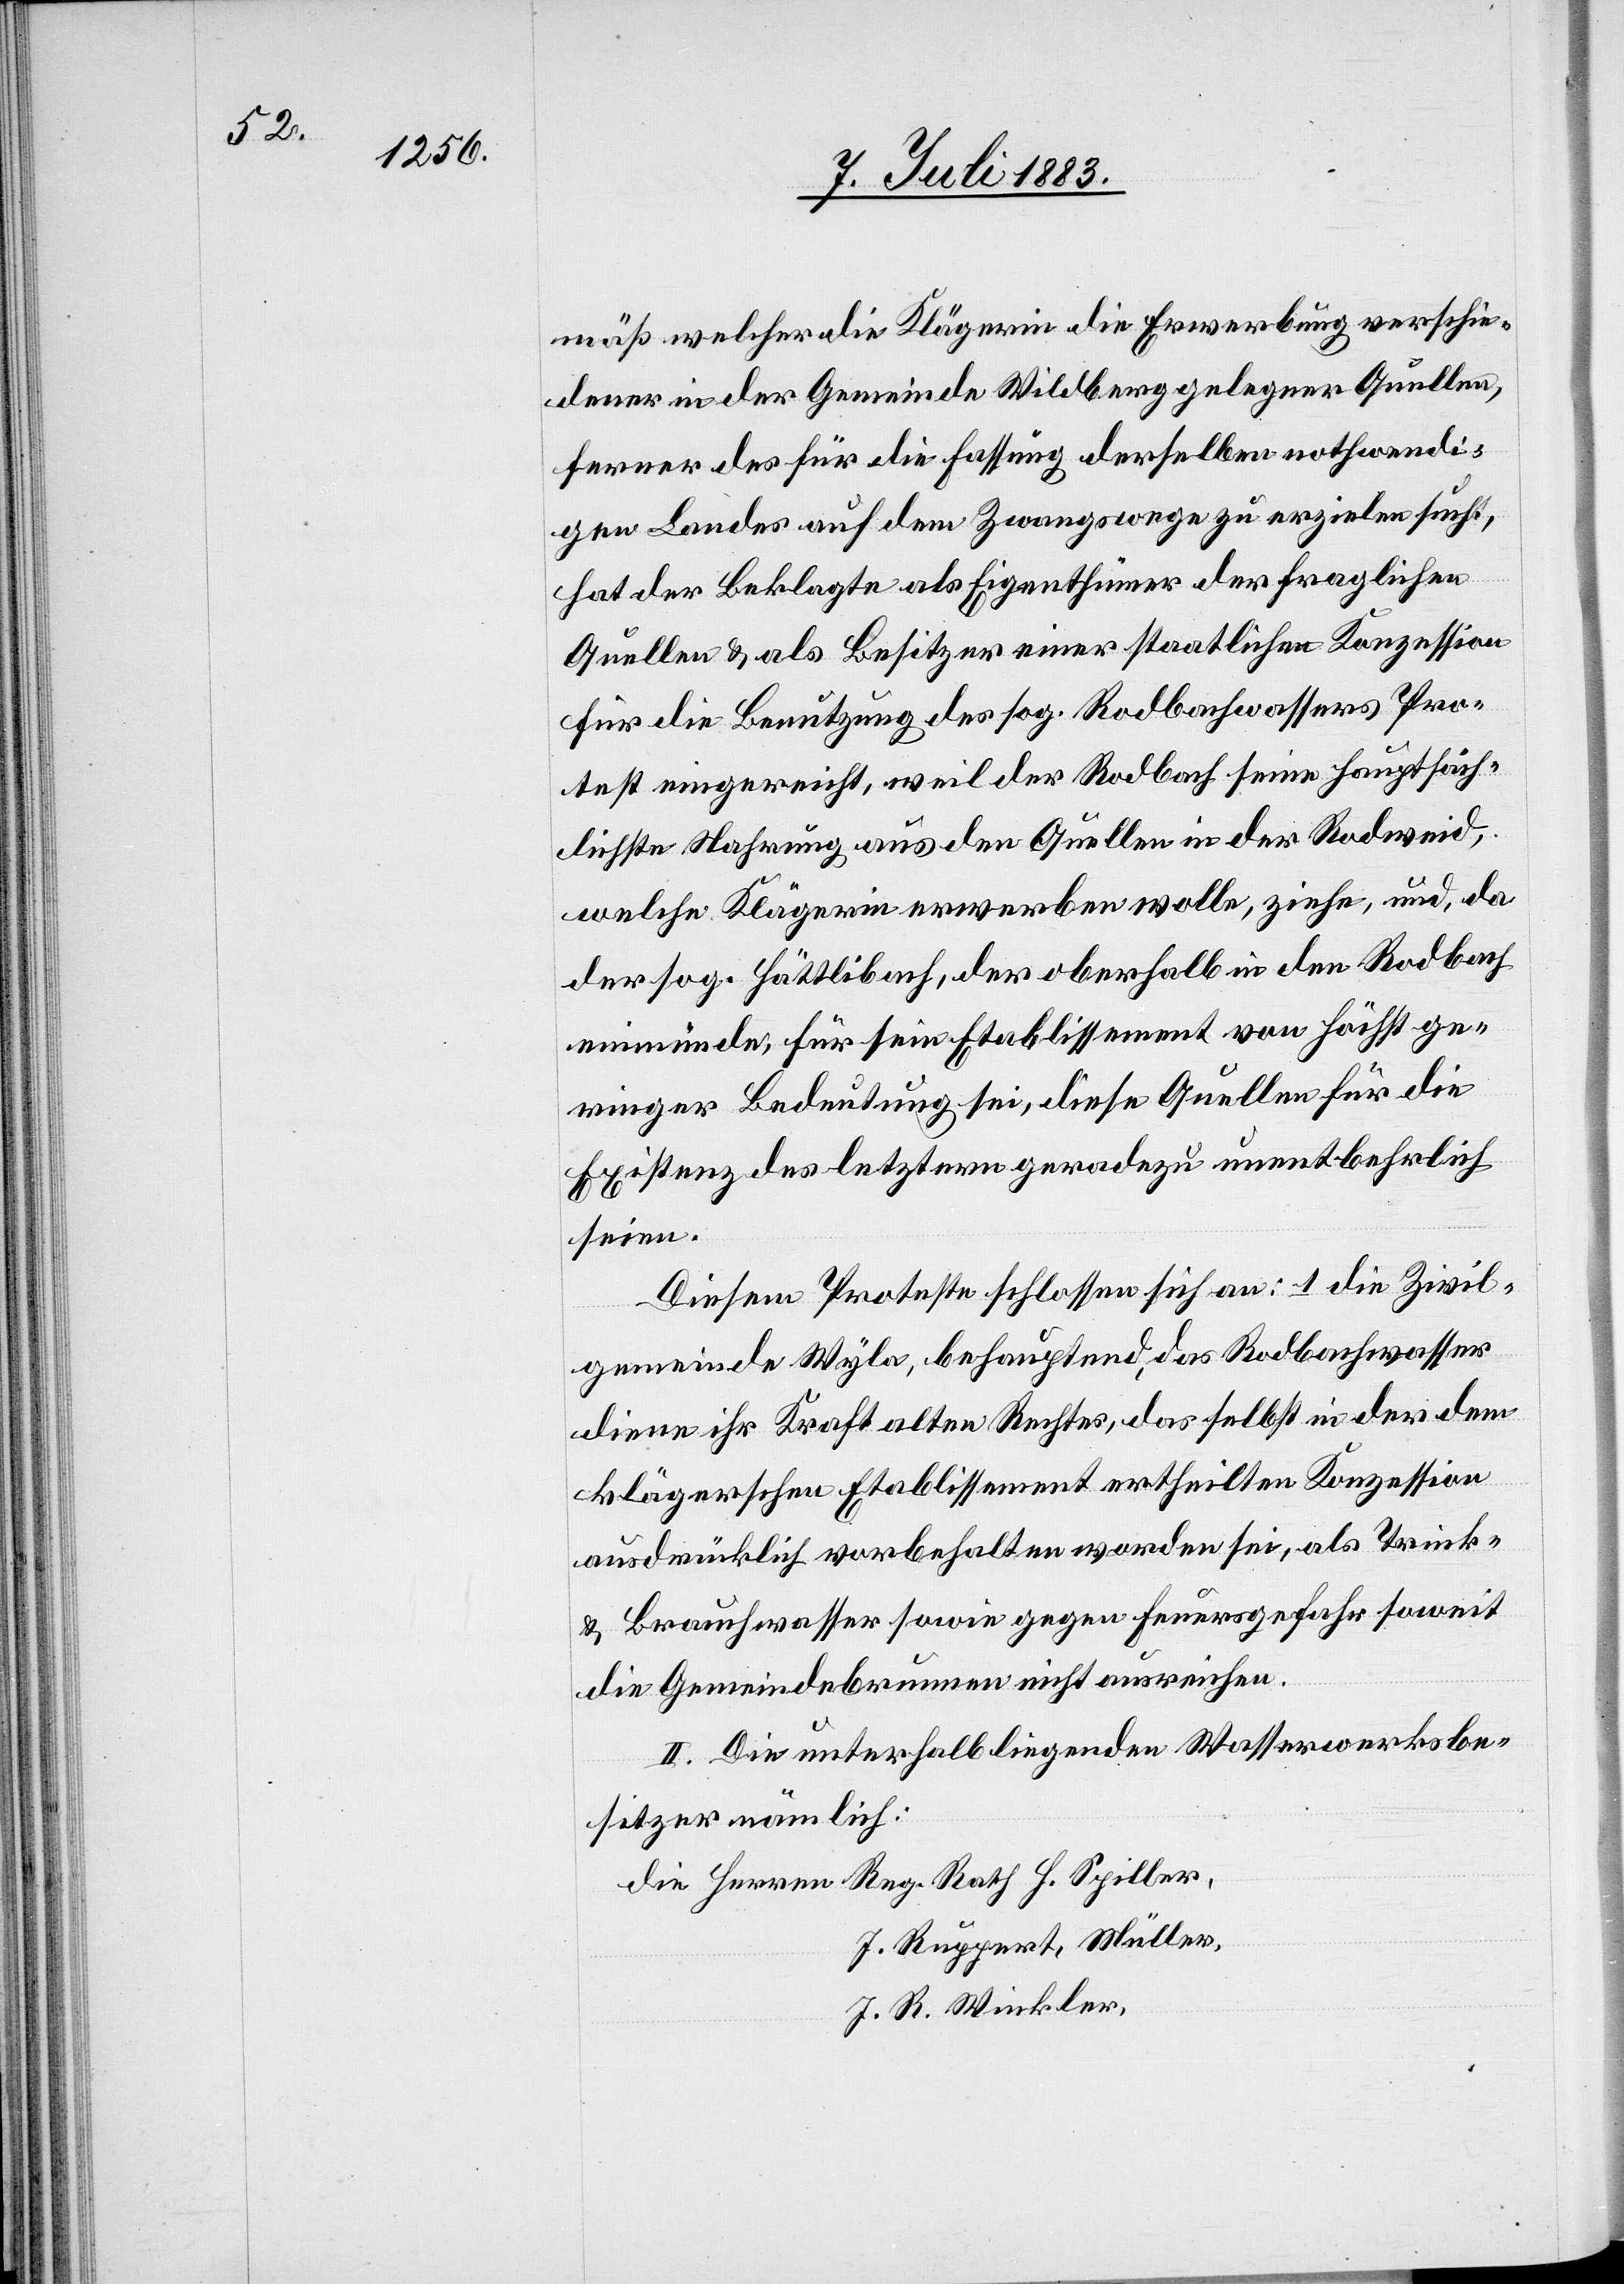
mäß welcher die Klägerin die Erwerbung verschie¬
dener in der Gemeinde Wildberg gelegener Quellen,
ferner des für die Fassung derselben nothwendi¬
gen Landes auf dem Zwangswege zu erzielen sucht,
hat der Beklagte als Eigenthümer der fraglichen
Quellen & als Besitzer einer staatlichen Konzession
für die Benutzung des sog. Rodbachwassers Pro¬
test eingereicht, weil der Rodbach seine hauptsäch¬
liche Nahrung aus den Quellen in der Rodweid,
welche Klägerin erwerben wolle, ziehe, und, da
der sog. Hättlibach, der oberhalb in den Rodbach
einmünde, für sein Etablissement von höchst ge¬
ringer Bedeutung sei, diese Quellen für die
Existenz des letztern geradezu unentbehrlich
seien.
Diesem Proteste schlossen sich an: 1. Die Zivil¬
gemeinde Wyla, behauptend, das Rodbachwasser
diene ihr Kraft alten Rechtes, das selbst in der dem
klägerischen Etablissement ertheilten Konzession
ausdrücklich vorbehalten worden sei, als Trink-
& Brauchwasser sowie gegen Feuersgefahr soweit
die Gemeindebrunnen nicht ausreichen.
2. Die unterhalb liegenden Wasserwerksbe¬
sitzer[,] nämlich:
J. Ruppert, Müller,
J. R. Wickler,